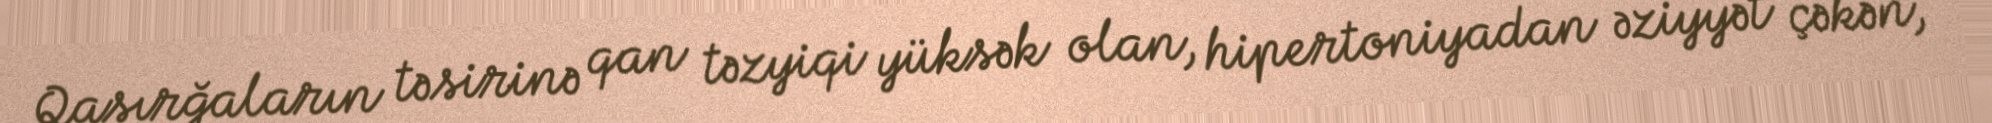
Qasırğaların təsirinə qan təzyiqi yüksək olan, hipertoniyadan əziyyət çəkən,